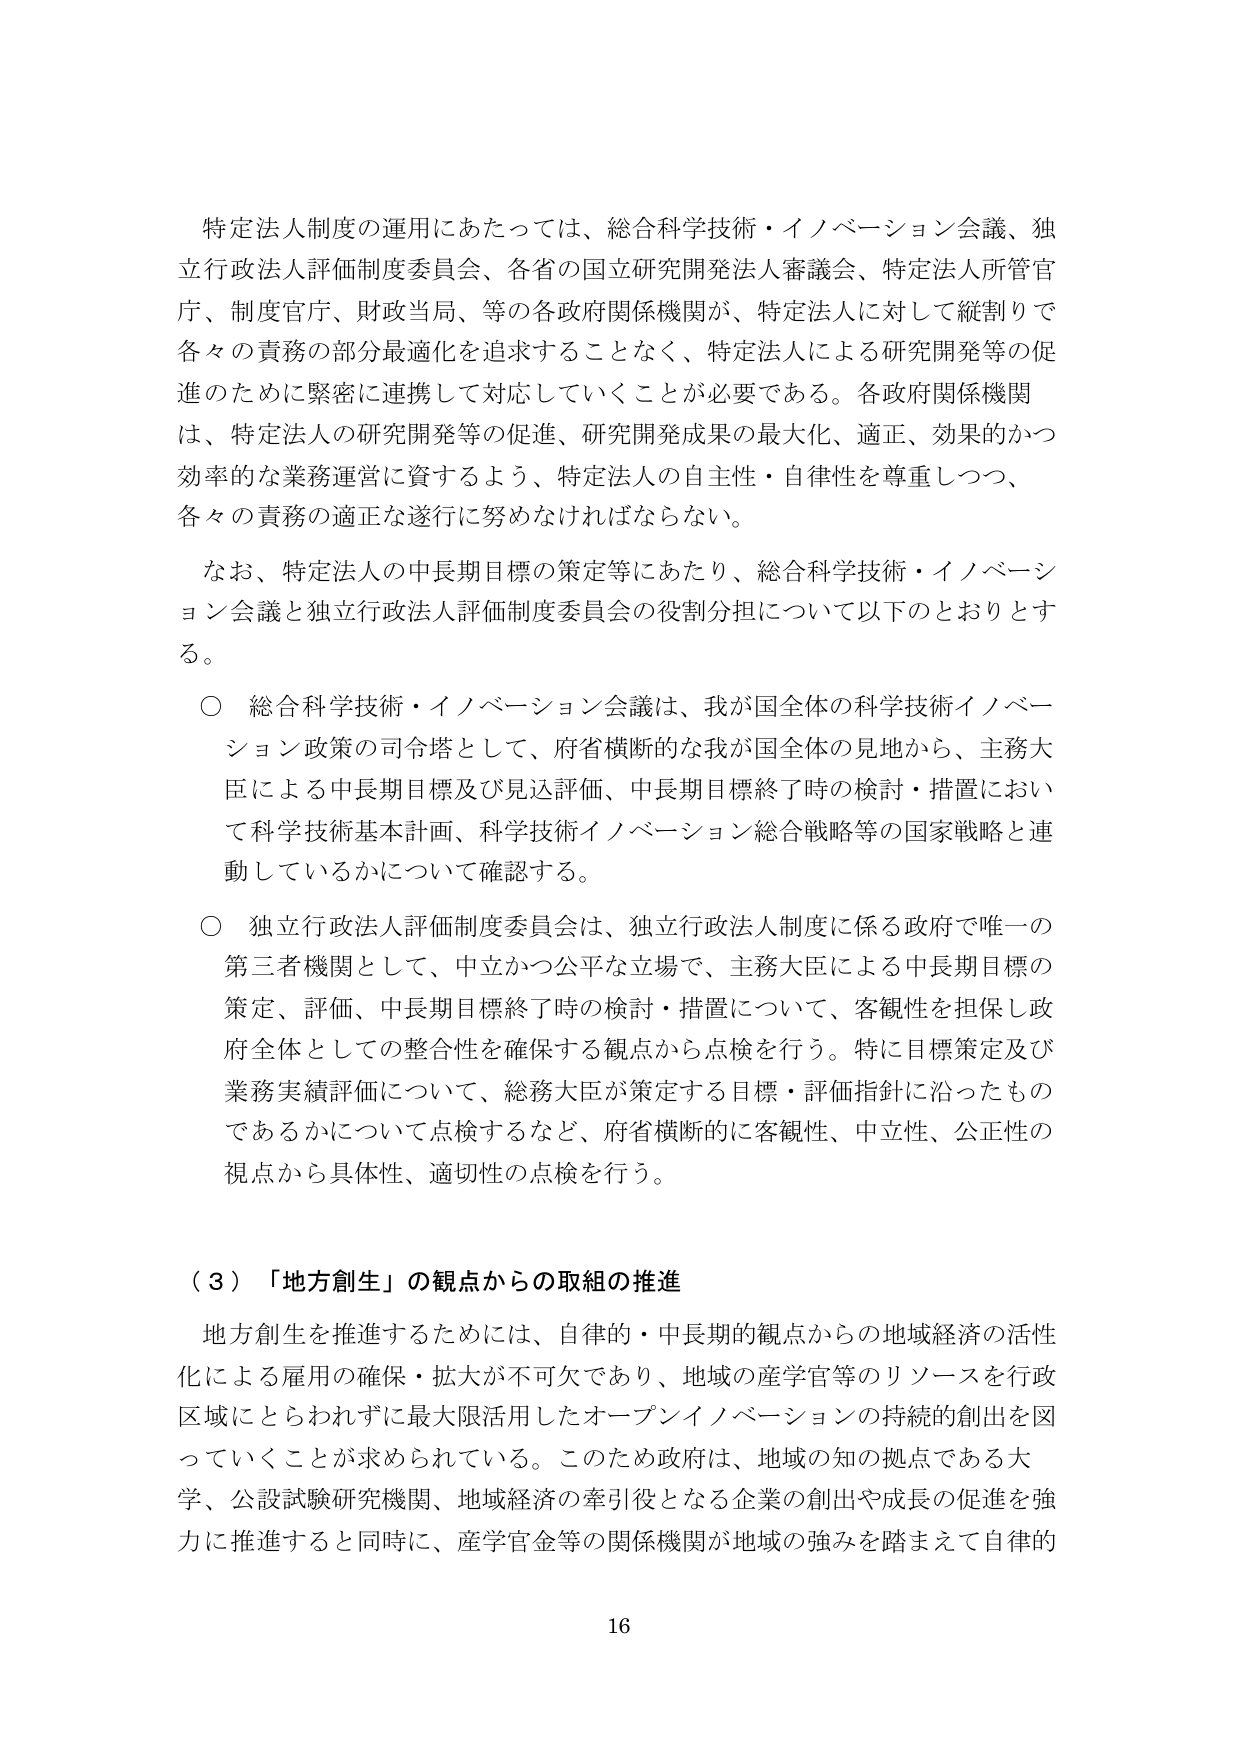
特定法人制度の運用にあたっては、総合科学技術・イノベーション会議、独立行政法人評価制度委員会、各省の国立研究開発法人審議会、特定法人所管官庁、制度官庁、財政当局、等の各政府関係機関が、特定法人に対して縦割りで各々の責務の部分最適化を追求することなく、特定法人による研究開発等の促進のために緊密に連携して対応していくことが必要である。各政府関係機関は、特定法人の研究開発等の促進、研究開発成果の最大化、適正、効果的かつ効率的な業務運営に資するよう、特定法人の自主性・自律性を尊重しつつ、各々の責務の適正な遂行に努めなければならない。

なお、特定法人の中長期目標の策定等にあたり、総合科学技術・イノベーション会議と独立行政法人評価制度委員会の役割分担について以下のとおりとする。

○ 総合科学技術・イノベーション会議は、我が国全体の科学技術イノベーション政策の司令塔として、府省横断的な我が国全体の見地から、主務大臣による中長期目標及び見込評価、中長期目標終了時の検討・措置において科学技術基本計画、科学技術イノベーション総合戦略等の国家戦略と連動しているかについて確認する。

○ 独立行政法人評価制度委員会は、独立行政法人制度に係る政府で唯一の第三者機関として、中立かつ公平な立場で、主務大臣による中長期目標の策定、評価、中長期目標終了時の検討・措置について、客観性を担保し政府全体としての整合性を確保する観点から点検を行う。特に目標策定及び業務実績評価について、総務大臣が策定する目標・評価指針に沿ったものであるかについて点検するなど、府省横断的に客観性、中立性、公正性の視点から具体性、適切性の点検を行う。

（３）「地方創生」の観点からの取組の推進

地方創生を推進するためには、自律的・中長期的観点からの地域経済の活性化による雇用の確保・拡大が不可欠であり、地域の産学官等のリソースを行政区域にとらわれずに最大限活用したオープンイノベーションの持続的創出を図っていくことが求められている。このため政府は、地域の知の拠点である大学、公設試験研究機関、地域経済の牽引役となる企業の創出や成長の促進を強力に推進すると同時に、産学官金等の関係機関が地域の強みを踏まえて自律的

16